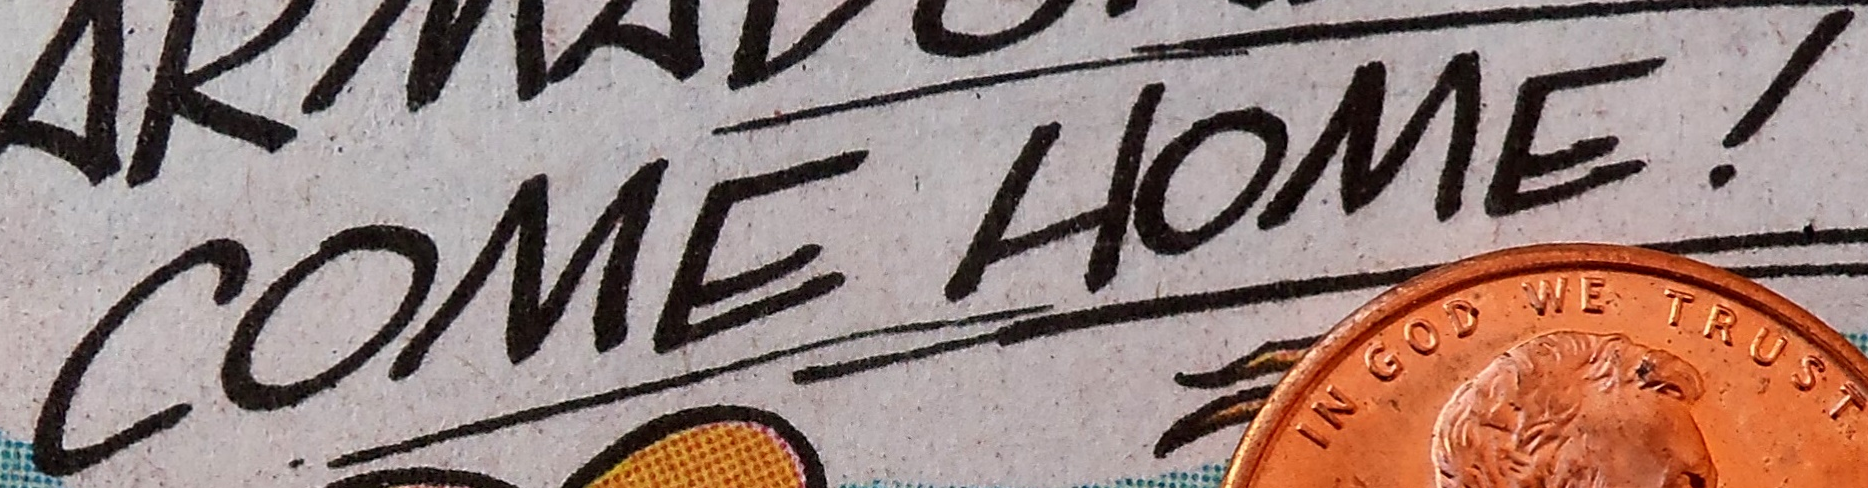
COME HOME !